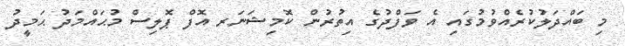
މި ބައްދަލުކުރެއްވުމުގައި އެ ވަފްދުގެ އިތުރުން ކޮމިޝަނަރ އޮފް ޕޮލިސް މުޙައްމަދު ޙަމީދު